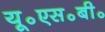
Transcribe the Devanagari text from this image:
यू॰एस॰बी॰